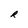
Character: R